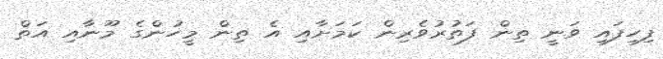
ފިހިފައި ވަނީ ތިން ފަތުރުވެރިން ކަމަށާއި އެ ތިން މީހުންގެ މޫނާއި އަތް